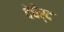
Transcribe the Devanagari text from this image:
देचेर्द